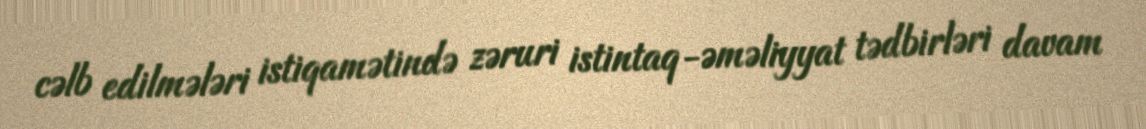
cəlb edilmələri istiqamətində zəruri istintaq-əməliyyat tədbirləri davam